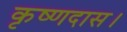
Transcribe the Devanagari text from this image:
कृष्णदास।